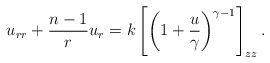
\begin{align*}u_{rr}+{{n-1}\over r}u_r=k\left[\left(1+{u\over\gamma}\right)^{\gamma-1}\right]_{zz}.\end{align*}